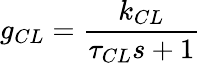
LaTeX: g_{CL}={\frac{k_{CL}}{\tau_{CL}s+1}}